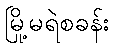
မြို့မရဲစခန်း